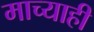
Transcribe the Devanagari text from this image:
माच्याही